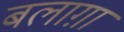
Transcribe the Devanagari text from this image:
बलाग़ा